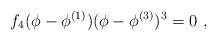
\begin{align*}f_4(\phi - \phi^{(1)})(\phi - \phi^{(3)})^3 = 0\ , \end{align*}